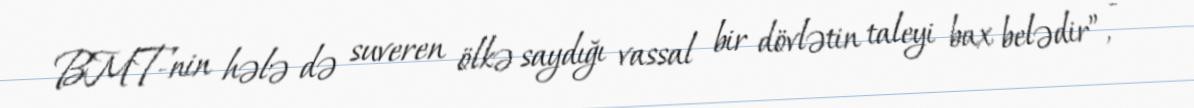
BMT-nin hələ də suveren ölkə saydığı vassal bir dövlətin taleyi bax belədir”, -